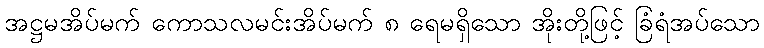
အဋ္ဌမအိပ်မက် ကောသလမင်းအိပ်မက် ၈ ရေမရှိသော အိုးတို့ဖြင့် ခြံရံအပ်သော